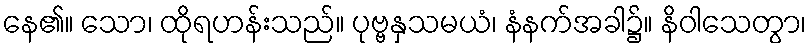
နေ၏။ သော၊ ထိုရဟန်းသည်။ ပုဗ္ဗနှသမယံ၊ နံနက်အခါ၌။ နိဝါသေတွာ၊